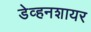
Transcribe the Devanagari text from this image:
डेव्हनशायर